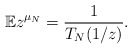
\begin{align*}\mathbb{E} z^{\mu_{N}} = \frac{1}{T_{N}(1/z)}.\end{align*}